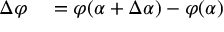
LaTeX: \begin{array} { r l } { \Delta \varphi } & { { } = \varphi ( \alpha + \Delta \alpha ) - \varphi ( \alpha ) } \end{array}